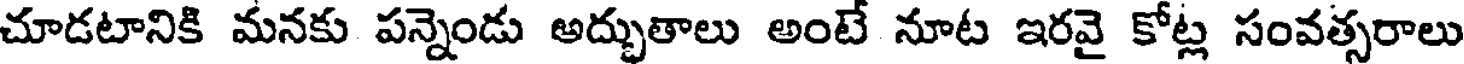
చూడటానికి మనకు పన్నెండు అద్భుతాలు అంటే నూట ఇరవై కోట్ల సంవత్సరాలు